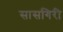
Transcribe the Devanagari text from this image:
सासगिरी